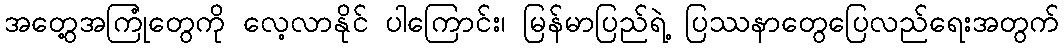
အတွေ့အကြုံတွေကို လေ့လာနိုင် ပါကြောင်း၊ မြန်မာပြည်ရဲ့ ပြဿနာတွေပြေလည်ရေးအတွက်